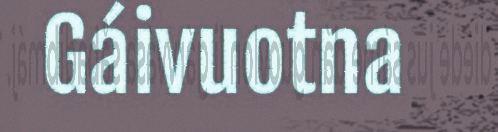
Gáivuotna